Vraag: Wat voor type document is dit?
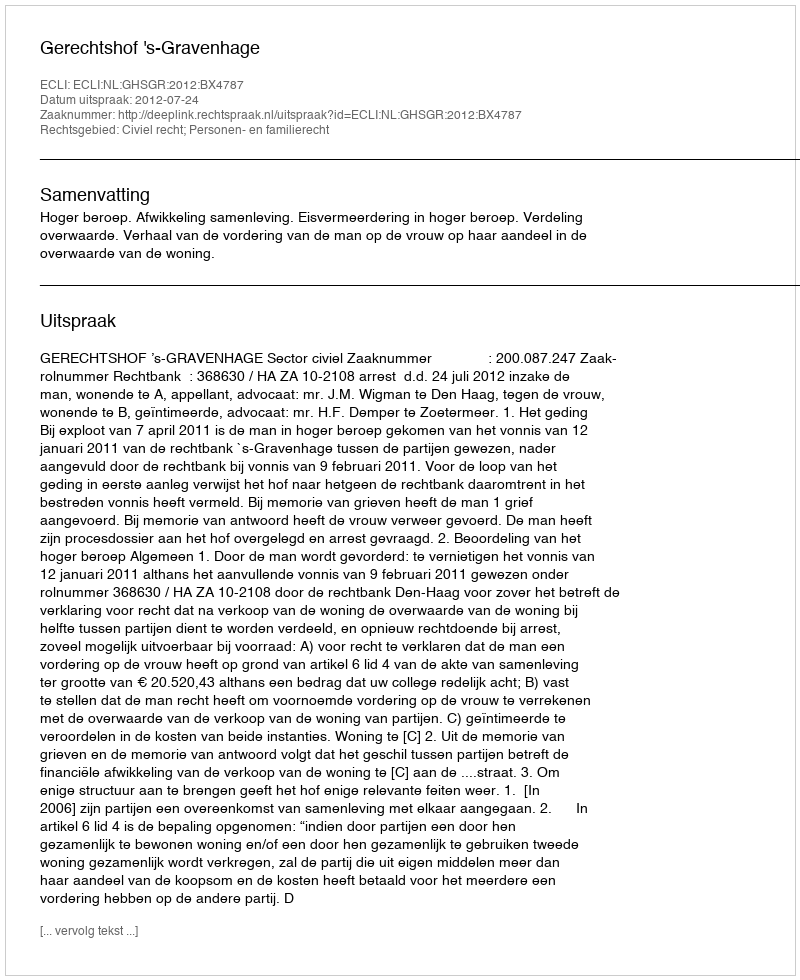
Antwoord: Uitspraak